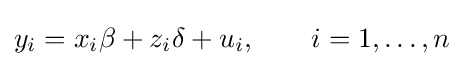
y_{i}=x_{i}\beta +z_{i}\delta +u_{i},\qquad i=1,\dots ,n